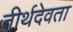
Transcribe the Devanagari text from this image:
तीर्थदेवता